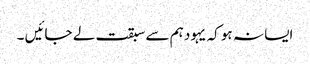
ایسا نہ ہو کہ یہود ہم سے سبقت لے جائیں ۔